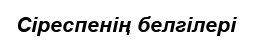
Сіреспенің белгілері